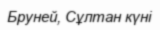
Бруней, Сұлтан күні